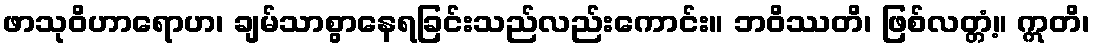
ဖာသုဝိဟာရောဟ၊ ချမ်သာစွာနေရခြင်းသည်လည်းကောင်း။ ဘဝိဿတိ၊ ဖြစ်လတ္တံ့။ ဣတိ၊